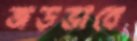
জড়ভাবে